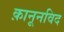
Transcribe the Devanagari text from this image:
क़ानूनविद